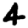
Digit: 4